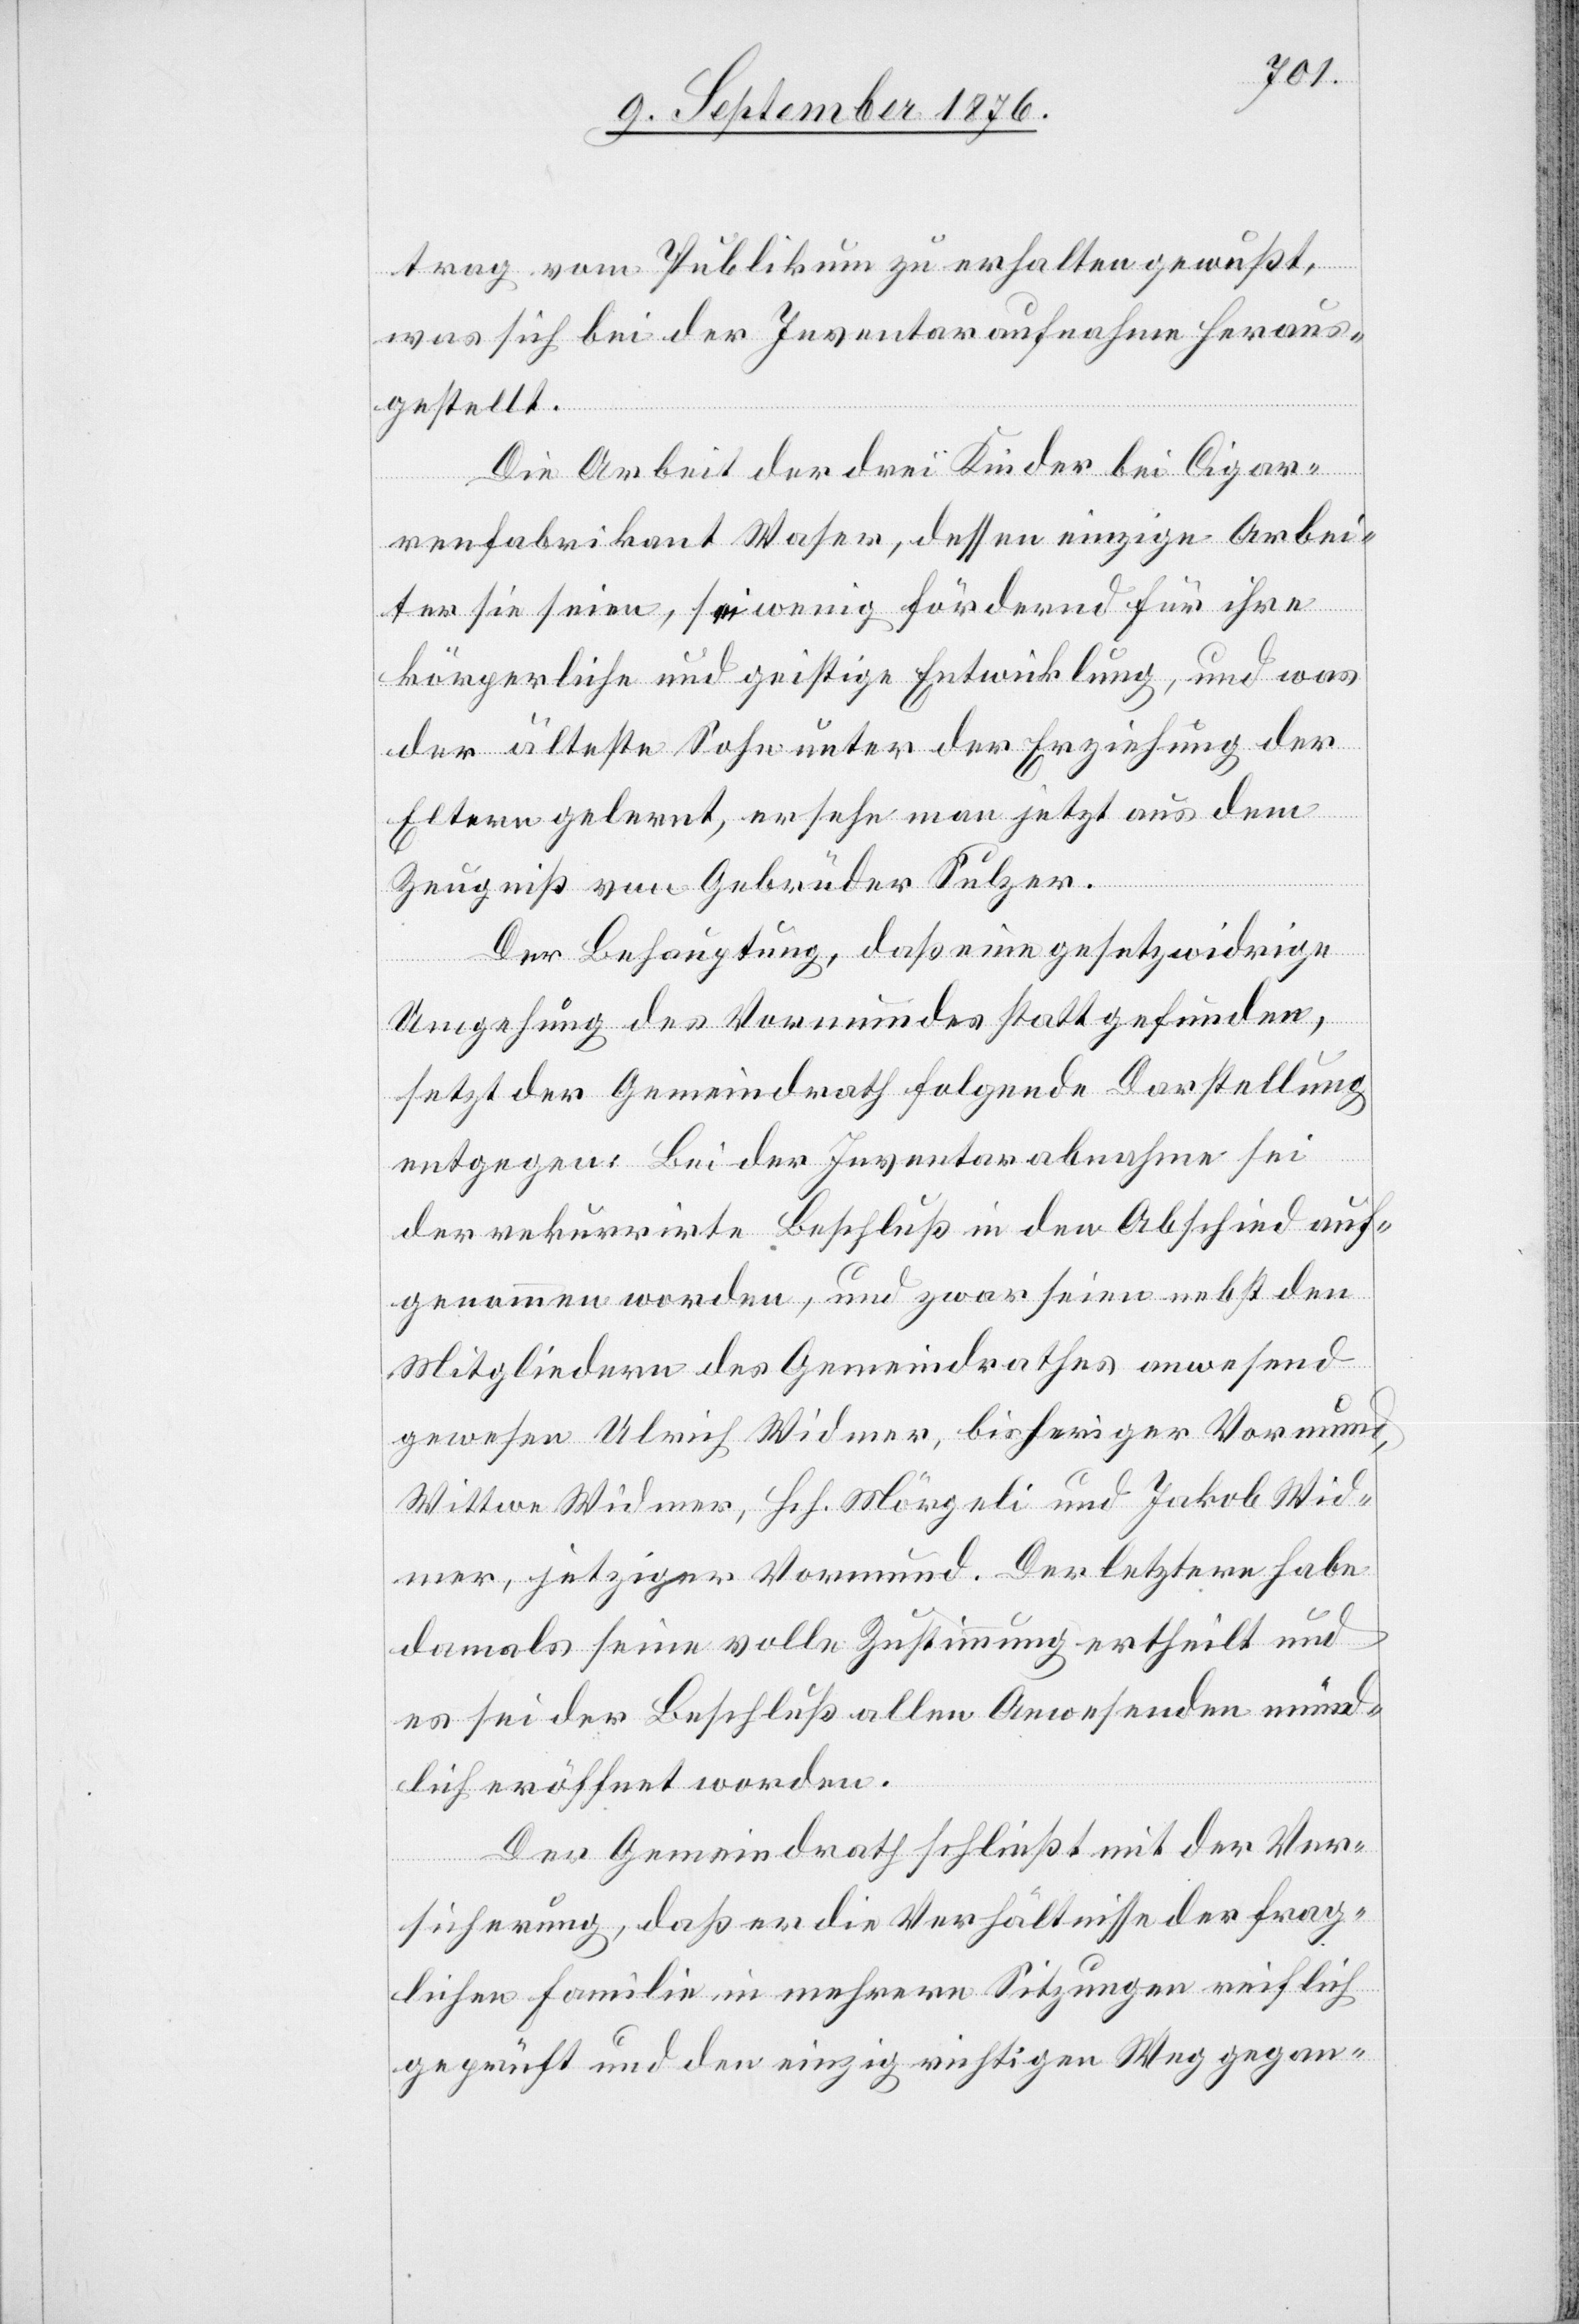
trag vom Publikum zu erhalten gewußt,
was sich bei der Inventaraufnahme heraus¬
gestellt.
Die Arbeit der drei Kinder bei Cigar¬
renfabrikant Waser, dessen einzige Arbei¬
ter sie seien, sei wenig fördernd für ihre
körperliche und geistige Entwicklung, und was
der älteste Sohn unter der Erziehung der
Eltern gelernt, ersehe man jetzt aus dem
Zeugniß von Gebrüder Sulzer.
Der Behauptung, daß eine gesetzwidrige
Umgehung des Vormundes stattgefunden,
setzt der Gemeindrath folgende Darstellung
entgegen: Bei der Inventarabnahme sei
der rekurrirte Beschluß in den Abschied auf¬
genommen worden, und zwar seien nebst den
Mitgliedern des Gemeindrathes anwesend
gewesen Ulrich Widmer, bisheriger Vormund,
Wittwe Widmer, Hch. Mörgeli und Jakob Wid¬
mer, jetziger Vormund. Der letztere habe
damals seine volle Zustimmung ertheilt und
es sei der Beschluß allen Anwesenden münd¬
lich eröffnet worden.
Der Gemeindrath schließt mit der Ver¬
sicherung, daß er die Verhältnisse der frag¬
lichen Familie in mehrern Sitzungen reichlich
geprüft und den einzig richtigen Weg gegan-